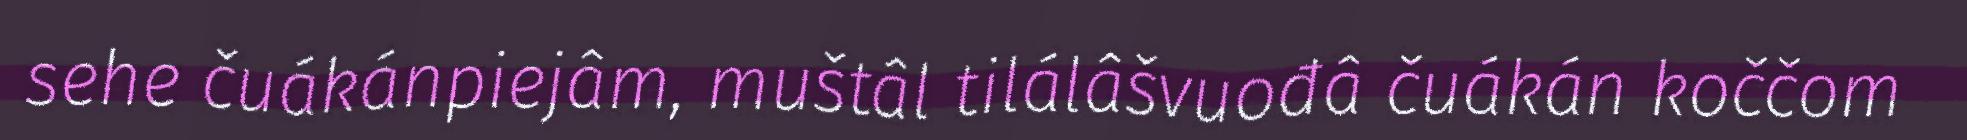
sehe čuákánpiejâm, muštâl tilálâšvuođâ čuákán koččom